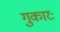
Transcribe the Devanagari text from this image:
गुकारः